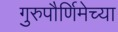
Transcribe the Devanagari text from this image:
गुरुपौर्णिमेच्या